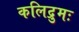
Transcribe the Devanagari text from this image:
कलिद्रुमः